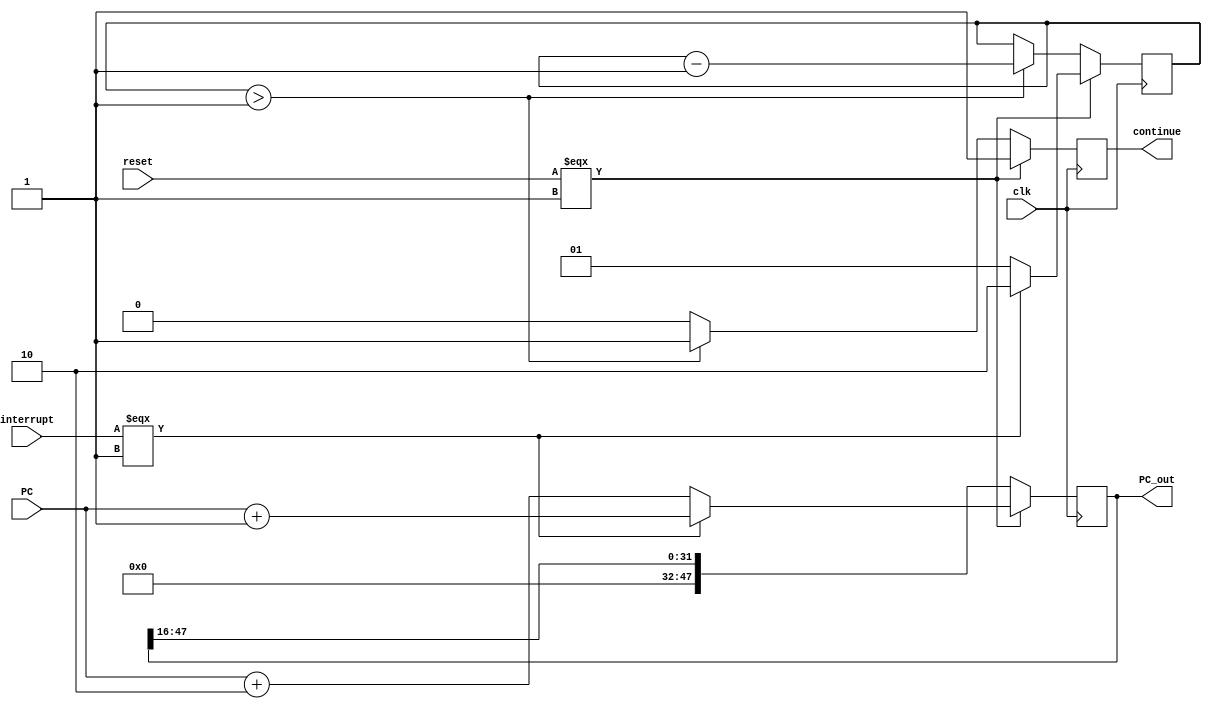
// case call or ret count will start with 2 push 16 bit from pc
// enter cout -1 here the count will be 1
// push other 16 bit from pc
// enter here count will be 0 take the second instruction
// case rti count start with 3 to push flag
module HosnyCallStateMachine(clk,interrupt,PC,reset,PC_out,continue);
input clk,reset,interrupt;
input [47:0] PC;
output reg continue;
output reg [47:0] PC_out;

reg [1:0] count_state;

localparam count = 1'b1;

always @(negedge clk)begin

    // count_state = 2'b0;
    if(reset===1'b1)begin
        if(interrupt === 1'b1)begin
            count_state=2'b10;
            PC_out = PC+32'h0001;
        end else begin
            count_state=2'b01;
            PC_out = PC+32'h0002;
        end
        // count_state = count + interrupt;
        continue=1'b1;
    end else if(count_state > 2'b01) begin
        PC_out = PC_out >> 16;
        count_state=count_state-2'b01;
        continue=1'b1;
    end else begin
        PC_out = PC_out >> 16;
        continue=1'b0;
    end

end

endmodule